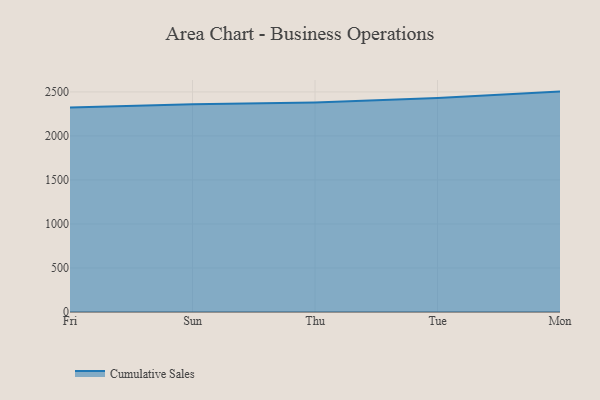
{"axis": {"x": "Day", "y": "Demand Index"}, "legend": ["Cumulative Sales"], "data": [{"x": "Fri", "y": 2324.0, "type": "Cumulative Sales"}, {"x": "Sun", "y": 2359.5, "type": "Cumulative Sales"}, {"x": "Thu", "y": 2380.4, "type": "Cumulative Sales"}, {"x": "Tue", "y": 2429.6, "type": "Cumulative Sales"}, {"x": "Mon", "y": 2503.6, "type": "Cumulative Sales"}]}